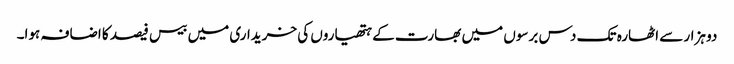
دو ہزار سے اٹھارہ تک دس برسوں میں بھارت کے ہتھیاروں کی خریداری میں بیس فیصد کا اضافہ ہوا۔